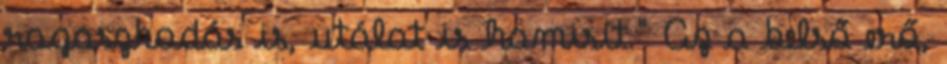
ragaszkodás is, utálat is hamisít." Az a belső erő,